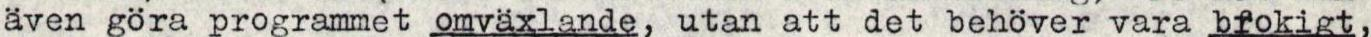
även göra programmet omväxlande, utan att det behöver vara brokigt,